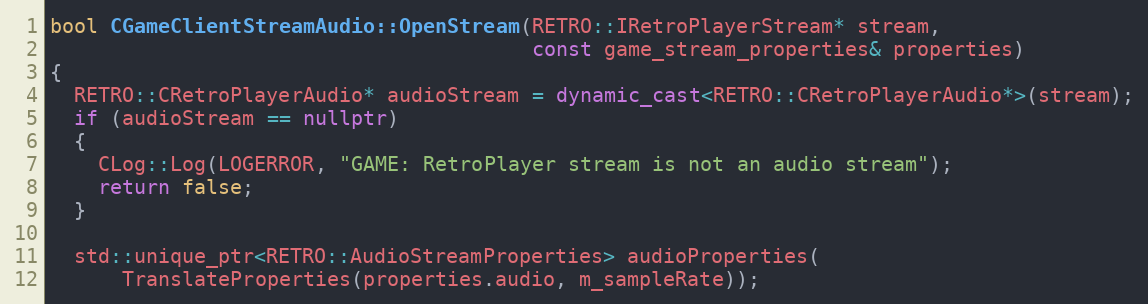
Language: C++
bool CGameClientStreamAudio::OpenStream(RETRO::IRetroPlayerStream* stream,
                                        const game_stream_properties& properties)
{
  RETRO::CRetroPlayerAudio* audioStream = dynamic_cast<RETRO::CRetroPlayerAudio*>(stream);
  if (audioStream == nullptr)
  {
    CLog::Log(LOGERROR, "GAME: RetroPlayer stream is not an audio stream");
    return false;
  }

  std::unique_ptr<RETRO::AudioStreamProperties> audioProperties(
      TranslateProperties(properties.audio, m_sampleRate));